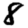
Digit: 8